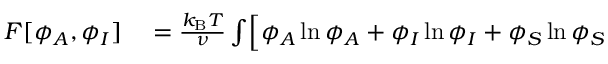
\begin{array} { r l } { F [ \phi _ { A } , \phi _ { I } ] } & { { } = \frac { k _ { \mathrm { B } } T } { \nu } \int \Bigl [ \phi _ { A } \ln \phi _ { A } + \phi _ { I } \ln \phi _ { I } + \phi _ { S } \ln \phi _ { S } } \end{array}